Vaccination in Bombay 1863-1868 - 1863-1868
Year: 1863
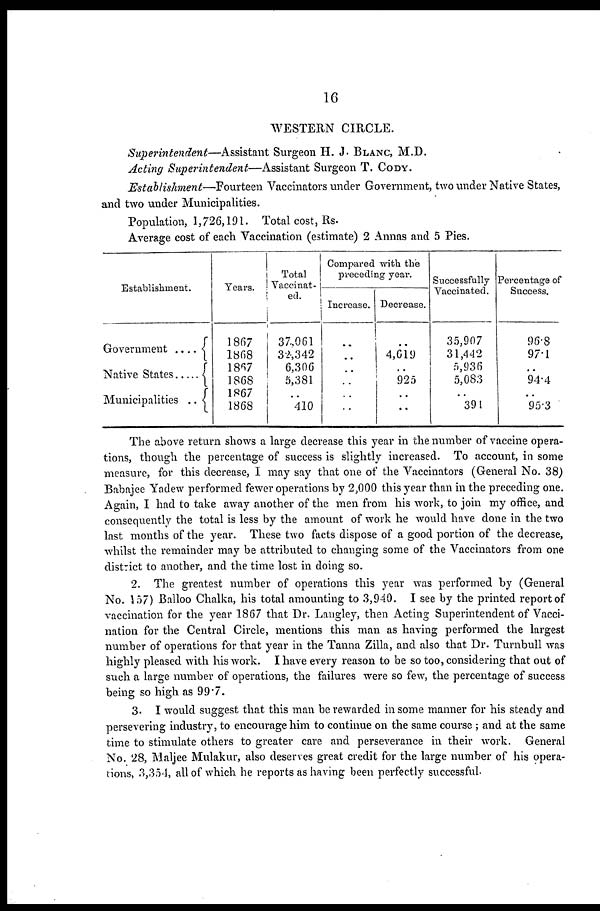
16
WESTERN CIRCLE.
Superintendent—Assistant
Surgeon H. J. BLANC, M.D.
Acting Superintendent—Assistant
Surgeon T. CODY.
Establishment—Fourteen
Vaccinators under Government, two under Native States,
and two under Municipalities.
Population, 1,726,191. Total cost, Rs.
Average cost of each Vaccination (estimate) 2 Annas and 5 Pies.
Establishment.
Government ....
Native States
Municipalities ..
Years.
1867
1868
1867
1868
1867
1868
Total
Vaccinat¬
ed.
37,061
32,342
6,306
5,381
..
410
Compared with the
preceding year.
Increase.
..
..
..
..
..
..
Decrease.
..
4,619
..
925
..
..
Successfully
Vaccinated.
35,907
31,442
5,936
5,083
..
391
Percentage of
Success.
96.8
97.1
..
94.4
..
95.3
The above return shows a large decrease this year in the number of vaccine opera-
tions, though the percentage of success is slightly increased. To account, in some
measure, for this decrease, I may say that one of the Vaccinators (General No. 38)
Babajee Yadew performed fewer operations by 2,000 this year than in the preceding one.
Again, I had to take away another of the men from his work, to join my office, and
consequently the total is less by the amount of work he would have done in the two
last months of the year. These two facts dispose of a good portion of the decrease,
whilst the remainder may be attributed to changing some of the Vaccinators from one
district to another, and the time lost in doing so.
2. The greatest number of operations this year was performed by (General
No. 157) Balloo Chalka, his total amounting to 3,940. I see by the printed report of
vaccination for the year 1867 that Dr. Langley, then Acting Superintendent of Vacci-
nation for the Central Circle, mentions this man as having performed the largest
number of operations for that year in the Tanna Zilla, and also that Dr. Turnbull was
highly pleased with his work. I have every reason to be so too, considering that out of
such a large number of operations, the failures were so few, the percentage of success
being so high as 99.7.
3. I would suggest that this man be rewarded in some manner for his steady and
persevering industry, to encourage him to continue on the same course ; and at the same
time to stimulate others to greater care and perseverance in their work. General
No. 28, Maljee Mulakur, also deserves great credit for the large number of his opera-
tions, 3,354, all of which he reports as having been perfectly successful.